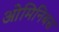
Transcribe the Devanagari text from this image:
ओमिनिबस